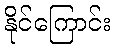
နိုင်ကြောင်း